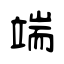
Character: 端